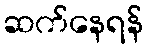
ဆက်နေရန်